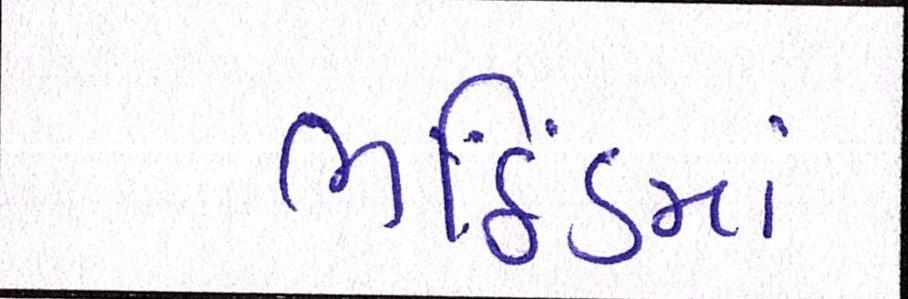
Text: ભઠિંડમાં